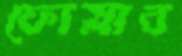
ফোস্‌লাব